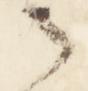
之